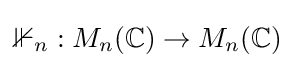
\mathbb {1} _{n}:M_{n}(\mathbb {C} )\to M_{n}(\mathbb {C} )